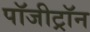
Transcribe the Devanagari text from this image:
पॉजीट्रॉन